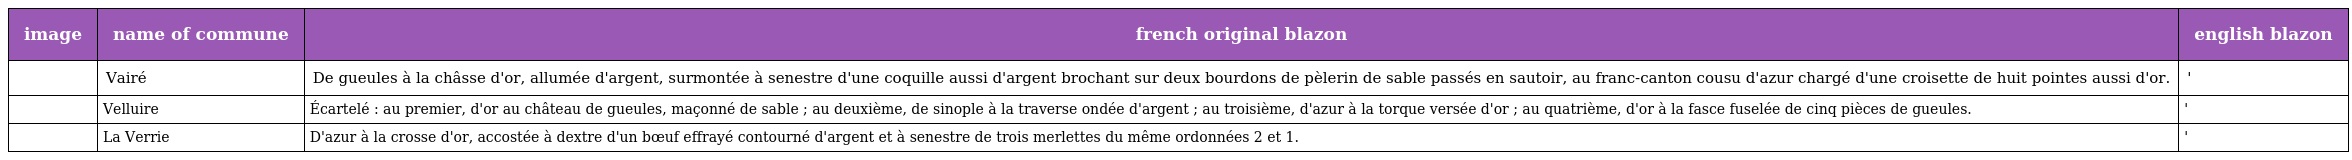
| image | name of commune | french original blazon | english blazon |
 | --- | --- | --- | --- |
 |  | Vairé | De gueules à la châsse d'or, allumée d'argent, surmontée à senestre d'une coquille aussi d'argent brochant sur deux bourdons de pèlerin de sable passés en sautoir, au franc-canton cousu d'azur chargé d'une croisette de huit pointes aussi d'or. | ' |
 |  | Velluire | Écartelé : au premier, d'or au château de gueules, maçonné de sable ; au deuxième, de sinople à la traverse ondée d'argent ; au troisième, d'azur à la torque versée d'or ; au quatrième, d'or à la fasce fuselée de cinq pièces de gueules. | ' |
 |  | La Verrie | D'azur à la crosse d'or, accostée à dextre d'un bœuf effrayé contourné d'argent et à senestre de trois merlettes du même ordonnées 2 et 1. | ' |